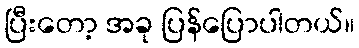
ပြီးတော့ အခု ပြန်ပြောပါတယ်။